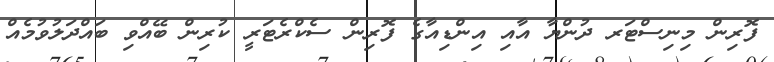
ފޮރިން މިނިސްޓަރ ދުންޔާ އާއި އިންޑިއާގެ ފޮރިން ސެކްރެޓަރީ ކުރިން ބޭއްވި ބައްދަލުވުމެއް